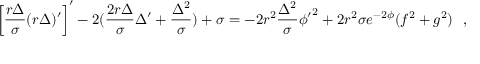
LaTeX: \left[ \frac { r \Delta } { \sigma } ( r \Delta ) ^ { \prime } \right] ^ { \prime } - 2 ( \frac { 2 r \Delta } { \sigma } \Delta ^ { \prime } + \frac { \Delta ^ { 2 } } { \sigma } ) + \sigma = - 2 r ^ { 2 } \frac { \Delta ^ { 2 } } { \sigma } { \phi ^ { \prime } } ^ { 2 } + 2 r ^ { 2 } \sigma e ^ { - 2 \phi } ( f ^ { 2 } + g ^ { 2 } ) ~ ~ ,